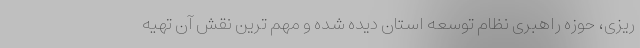
ریزی، حوزه راهبری نظام توسعه استان دیده شده و مهم ترین نقش آن تهیه